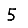
Digit: 5